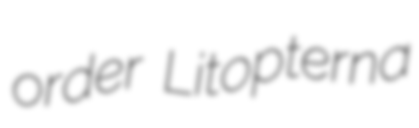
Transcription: order Litopterna